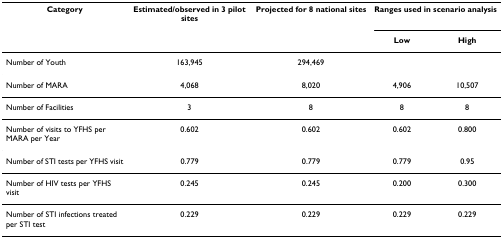
<table><thead><tr><td><b>Category</b></td><td><b>Estimated/observed in 3 pilot sites</b></td><td><b>Projected for 8 national sites</b></td><td colspan="2"><b>Ranges used in scenario analysis</b></td></tr><tr><td></td><td></td><td></td><td><b>Low</b></td><td><b>High</b></td></tr></thead><tbody><tr><td>Number of Youth</td><td>163,945</td><td>294,469</td><td></td><td></td></tr><tr><td>Number of MARA</td><td>4,068</td><td>8,020</td><td>4,906</td><td>10,507</td></tr><tr><td>Number of Facilities</td><td>3</td><td>8</td><td>8</td><td>8</td></tr><tr><td>Number of visits to YFHS per MARA per Year</td><td>0.602</td><td>0.602</td><td>0.602</td><td>0.800</td></tr><tr><td>Number of STI tests per YFHS visit</td><td>0.779</td><td>0.779</td><td>0.779</td><td>0.95</td></tr><tr><td>Number of HIV tests per YFHS visit</td><td>0.245</td><td>0.245</td><td>0.200</td><td>0.300</td></tr><tr><td>Number of STI infections treated per STI test</td><td>0.229</td><td>0.229</td><td>0.229</td><td>0.229</td></tr></tbody></table>